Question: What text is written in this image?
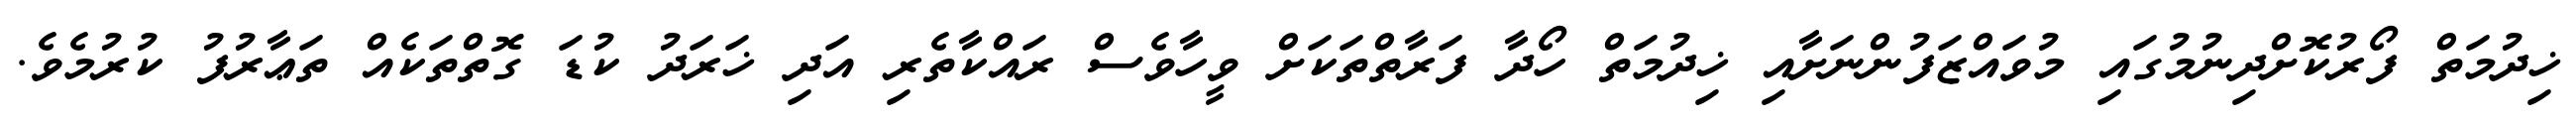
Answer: ޚިދުމަތް ފޯރުކޮށްދިނުމުގައި މުވައްޒަފުންނަށާއި ޚިދުމަތް ހޯދާ ފަރާތްތަކަށް ވީހާވެސް ރައްކާތެރި އަދި ޚަރަދު ކުޑަ ގޮތްތަކެއް ތަޢާރުފު ކުރުމެވެ.